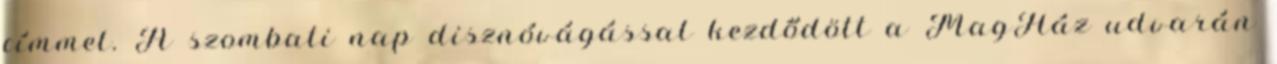
címmel. A szombati nap disznóvágással kezdődött a MagHáz udvarán